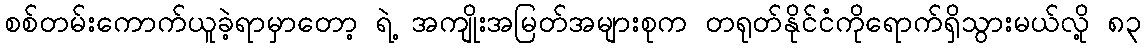
စစ်တမ်းကောက်ယူခဲ့ရာမှာတော့ ရဲ့ အကျိုးအမြတ်အများစုက တရုတ်နိုင်ငံကိုရောက်ရှိသွားမယ်လို့ ၈၃